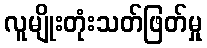
လူမျိုးတုံးသတ်ဖြတ်မှု